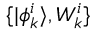
\{ | \phi _ { k } ^ { i } \rangle , W _ { k } ^ { i } \}